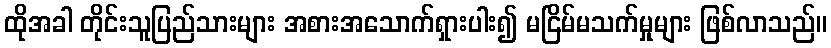
ထိုအခါ တိုင်းသူပြည်သားများ အစားအသောက်ရှားပါး၍ မငြိမ်မသက်မှုများ ဖြစ်လာသည်။